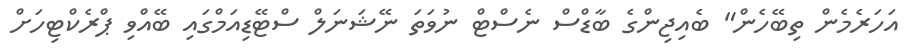
އަހަރެމެން ތިބޭހެން" ބެއިޖިންގެ ބާޑްސް ނެސްޓް ނުވަތަ ނޭޝަނަލް ސްޓޭޑިއަމްގައި ބޭއްވި ޕްރެކްޓިހަށް